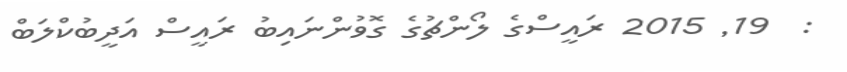
:  19